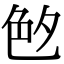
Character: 𦫓